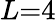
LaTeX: L{=}4